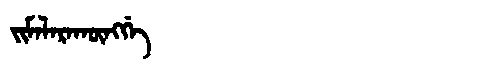
Manchu: ᠵᡳᠮᠠᠯᠠᡵᠠᡴᡡᠩᡤᡝ
Romanization: JIMALARAKŪNGGE